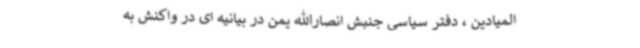
المیادین ، دفتر سیاسی جنبش انصارالله یمن در بیانیه ای در واکنش به